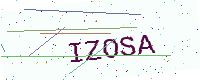
Text: IZOSA